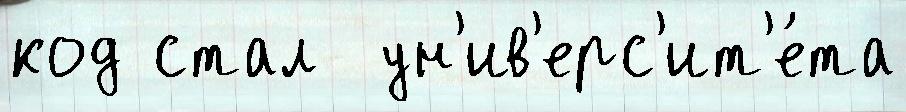
код стал  ун'ив'ерс'ит'е́та